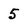
Character: 5